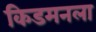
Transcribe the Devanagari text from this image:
किडमनला